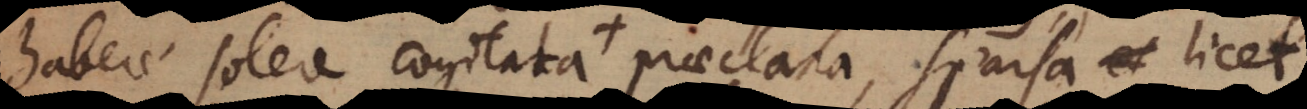
habere solere cogitata + praeclara, sparsa et licet